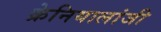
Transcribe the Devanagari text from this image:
क्रेनियालांजी